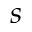
s